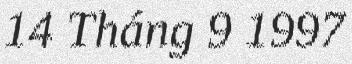
14 Tháng 9 1997